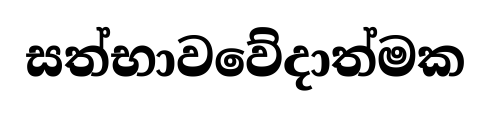
සත්භාවවේදාත්මක